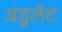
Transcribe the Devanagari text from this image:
अंडुलेंट